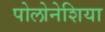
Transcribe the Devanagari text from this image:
पोलोनेशिया